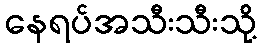
နေရပ်အသီးသီးသို့